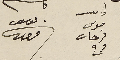
كاتب موسى فرحات فرح يوسف فرحات